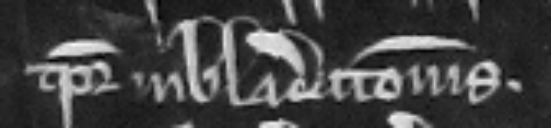
tempore inbladicionis.